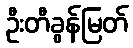
ဦးတီခွန်မြတ်